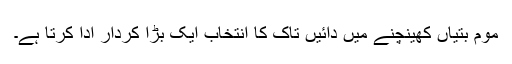
موم بتیاں کھینچنے میں دائیں تاک کا انتخاب ایک بڑا کردار ادا کرتا ہے۔